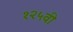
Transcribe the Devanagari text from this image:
१२५वी